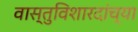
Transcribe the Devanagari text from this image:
वास्तुविशारदांच्या